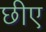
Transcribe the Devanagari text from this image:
छीए